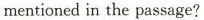
mentioned in the passage?